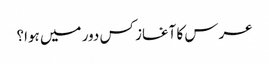
عرس کا آغاز کس دور میں ہوا؟